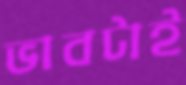
ভাবটাই